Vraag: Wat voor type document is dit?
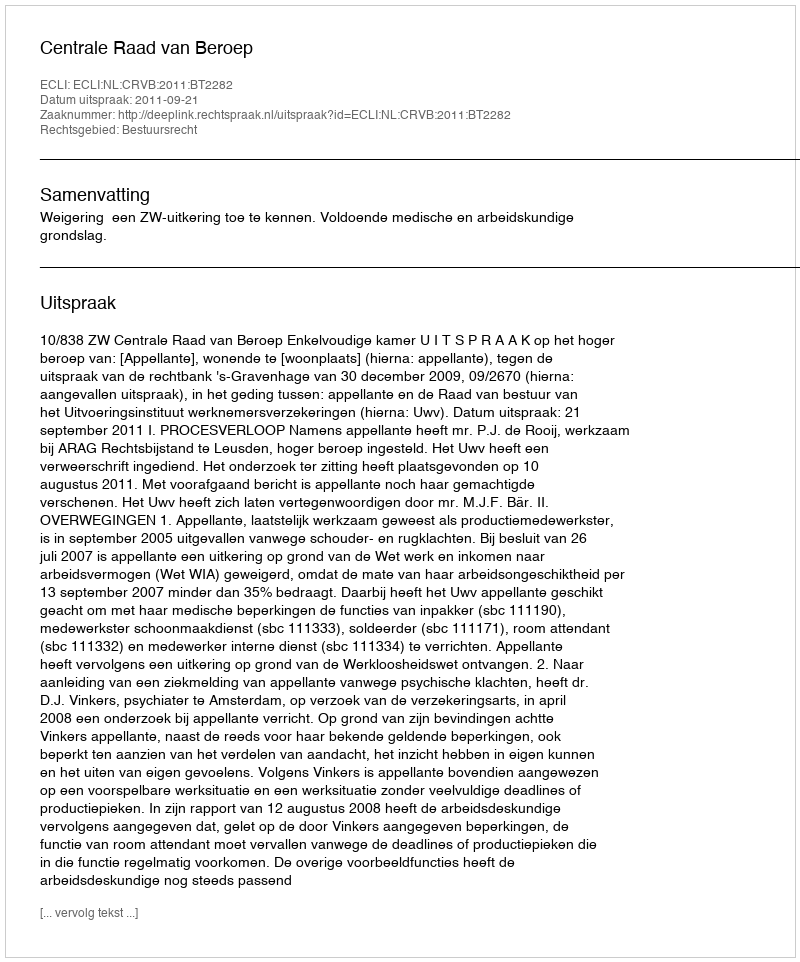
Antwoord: Uitspraak